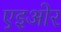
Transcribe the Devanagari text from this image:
एइओर